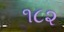
૧૮૨